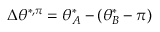
\Delta \theta ^ { * , \pi } = \theta _ { A } ^ { * } - ( \theta _ { B } ^ { * } - \pi )